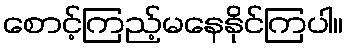
စောင့်ကြည့်မနေနိုင်ကြပါ။